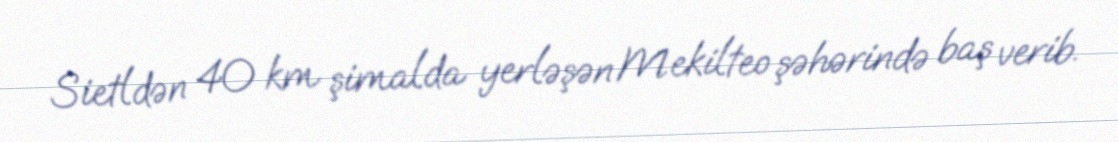
Sietldən 40 km şimalda yerləşən Mekilteo şəhərində baş verib.